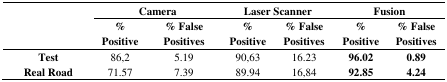
<table><thead><tr><td rowspan="3"></td><td colspan="2"><b>Camera</b></td><td colspan="2"><b>Laser Scanner</b></td><td colspan="2"><b>Fusion</b></td></tr><tr><td><b>%Positive</b></td><td><b>%False Positives</b></td><td><b>%Positive</b></td><td><b>%False Positives</b></td><td><b>%Positive</b></td><td><b>%False Positives</b></td></tr></thead><tbody><tr><td><b>Test</b></td><td>86,2</td><td>5.19</td><td>90,63</td><td>16.23</td><td><b>96.02</b></td><td><b>0.89</b></td></tr><tr><td><b>Real Road</b></td><td>71.57</td><td>7.39</td><td>89.94</td><td>16,84</td><td><b>92.85</b></td><td><b>4.24</b></td></tr></tbody></table>